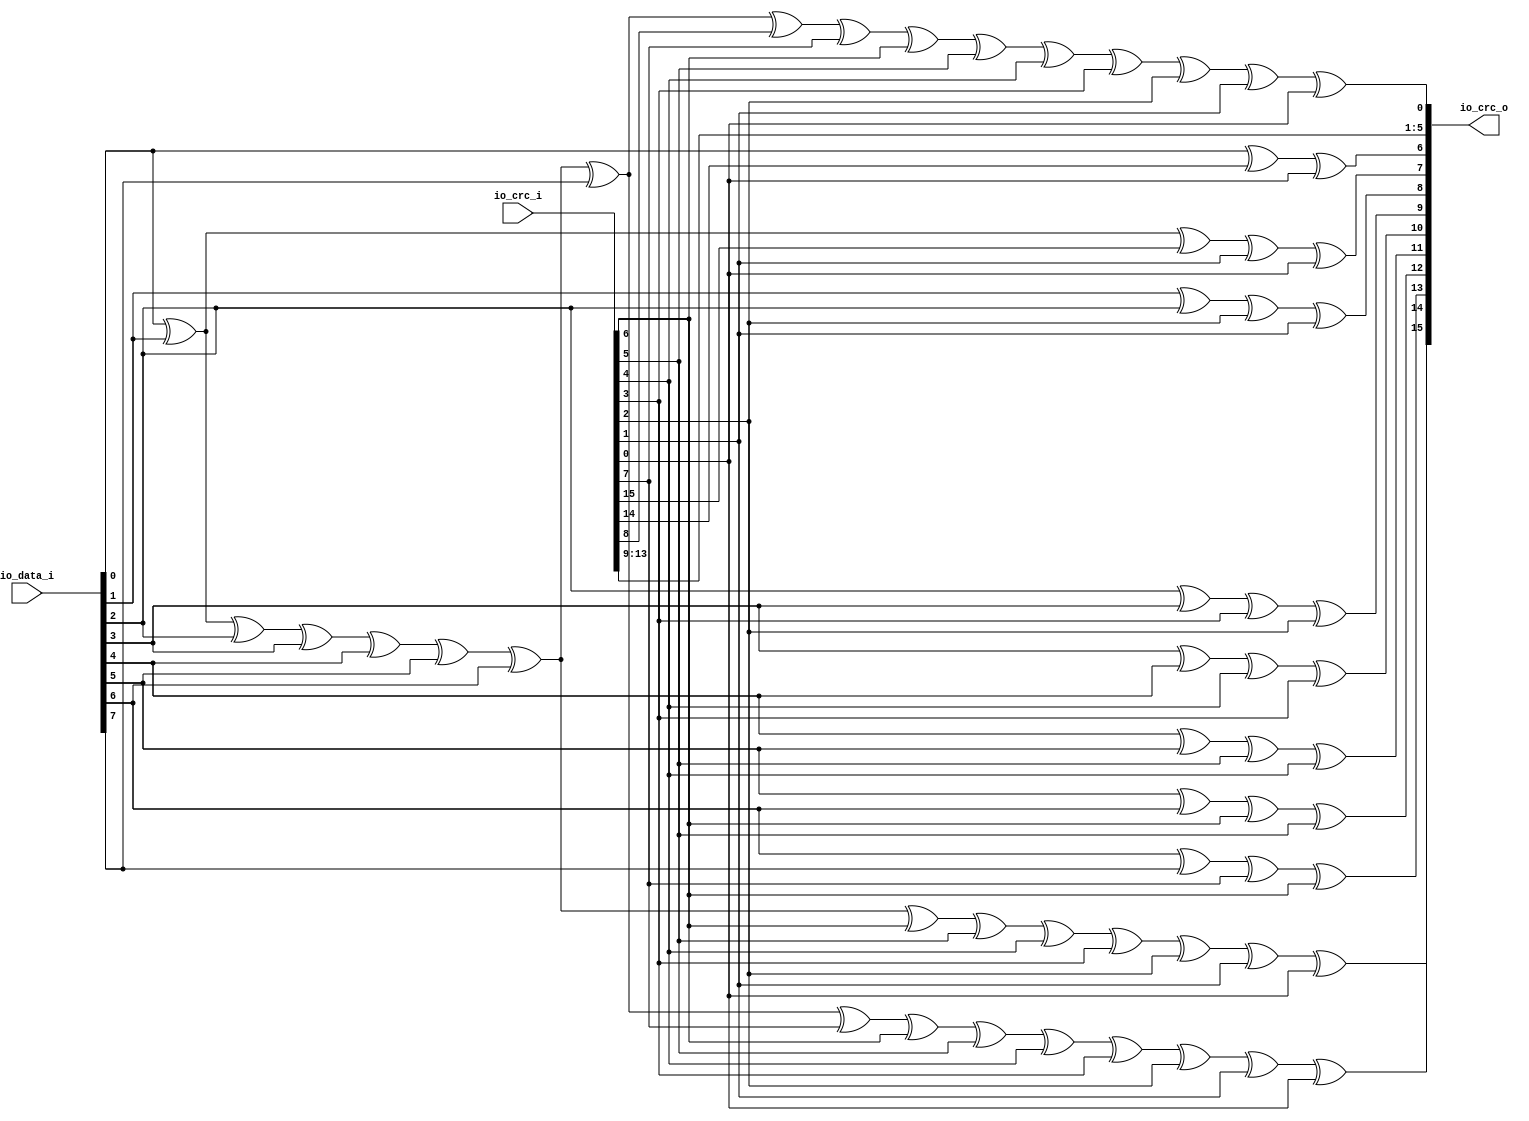
module UsbCrc16 (
      input  [15:0] io_crc_i,
      input  [7:0] io_data_i,
      output reg [15:0] io_crc_o);
  wire  _zz_1_;
  wire  _zz_2_;
  assign _zz_1_ = io_data_i[0];
  assign _zz_2_ = io_data_i[1];
  always @ (*) begin
    io_crc_o[15] = (((((((((((((((io_data_i[0] ^ io_data_i[1]) ^ io_data_i[2]) ^ io_data_i[3]) ^ io_data_i[4]) ^ io_data_i[5]) ^ io_data_i[6]) ^ io_data_i[7]) ^ io_crc_i[7]) ^ io_crc_i[6]) ^ io_crc_i[5]) ^ io_crc_i[4]) ^ io_crc_i[3]) ^ io_crc_i[2]) ^ io_crc_i[1]) ^ io_crc_i[0]);
    io_crc_o[14] = (((((((((((((io_data_i[0] ^ io_data_i[1]) ^ io_data_i[2]) ^ io_data_i[3]) ^ io_data_i[4]) ^ io_data_i[5]) ^ io_data_i[6]) ^ io_crc_i[6]) ^ io_crc_i[5]) ^ io_crc_i[4]) ^ io_crc_i[3]) ^ io_crc_i[2]) ^ io_crc_i[1]) ^ io_crc_i[0]);
    io_crc_o[13] = (((io_data_i[6] ^ io_data_i[7]) ^ io_crc_i[7]) ^ io_crc_i[6]);
    io_crc_o[12] = (((io_data_i[5] ^ io_data_i[6]) ^ io_crc_i[6]) ^ io_crc_i[5]);
    io_crc_o[11] = (((io_data_i[4] ^ io_data_i[5]) ^ io_crc_i[5]) ^ io_crc_i[4]);
    io_crc_o[10] = (((io_data_i[3] ^ io_data_i[4]) ^ io_crc_i[4]) ^ io_crc_i[3]);
    io_crc_o[9] = (((io_data_i[2] ^ io_data_i[3]) ^ io_crc_i[3]) ^ io_crc_i[2]);
    io_crc_o[8] = (((io_data_i[1] ^ io_data_i[2]) ^ io_crc_i[2]) ^ io_crc_i[1]);
    io_crc_o[7] = ((((io_data_i[0] ^ io_data_i[1]) ^ io_crc_i[15]) ^ io_crc_i[1]) ^ io_crc_i[0]);
    io_crc_o[6] = ((io_data_i[0] ^ io_crc_i[14]) ^ io_crc_i[0]);
    io_crc_o[5] = io_crc_i[13];
    io_crc_o[4] = io_crc_i[12];
    io_crc_o[3] = io_crc_i[11];
    io_crc_o[2] = io_crc_i[10];
    io_crc_o[1] = io_crc_i[9];
    io_crc_o[0] = ((((((((((((((((_zz_1_ ^ _zz_2_) ^ io_data_i[2]) ^ io_data_i[3]) ^ io_data_i[4]) ^ io_data_i[5]) ^ io_data_i[6]) ^ io_data_i[7]) ^ io_crc_i[8]) ^ io_crc_i[7]) ^ io_crc_i[6]) ^ io_crc_i[5]) ^ io_crc_i[4]) ^ io_crc_i[3]) ^ io_crc_i[2]) ^ io_crc_i[1]) ^ io_crc_i[0]);
  end

endmodule